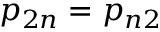
p _ { 2 n } = p _ { n 2 }